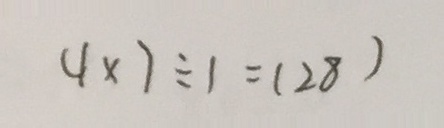
4 \times 7 \div 1 = ( 2 8 )